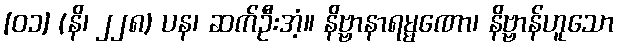
[၀၁] (နိ၊ ၂၂၈) ပန၊ ဆက်ဦးအံ့။ နိဗ္ဗာနာရမ္မဏော၊ နိဗ္ဗာန်ဟူသော